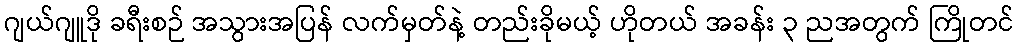
ဂျယ်ဂျူဒို ခရီးစဉ် အသွားအပြန် လက်မှတ်နဲ့ တည်းခိုမယ့် ဟိုတယ် အခန်း ၃ ညအတွက် ကြိုတင်